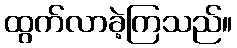
ထွက်လာခဲ့ကြသည်။